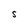
Character: S